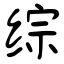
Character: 综